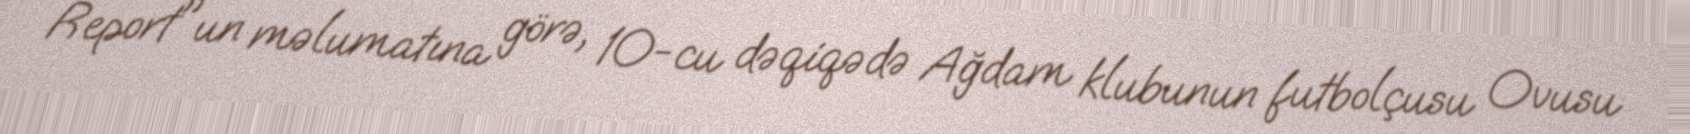
Report"un məlumatına görə, 10-cu dəqiqədə Ağdam klubunun futbolçusu Ovusu